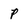
Character: p